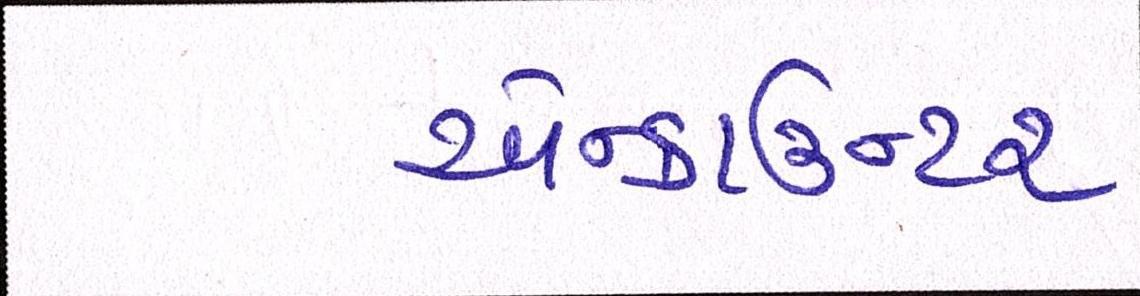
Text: એન્કાઉન્ટર